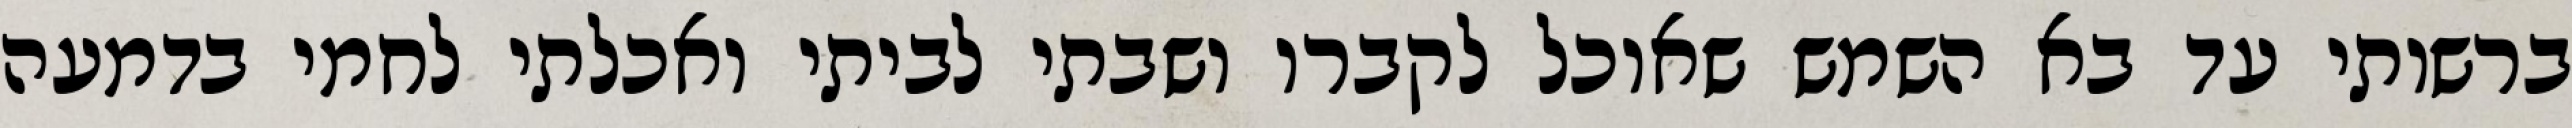
ברשותי עד בא השמש שאוכל לקברו ושבתי לביתי ואכלתי לחמי בדמעה